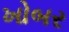
ખોબર